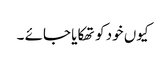
کیوں خود کو تھکایا جائے ۔